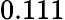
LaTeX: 0.111